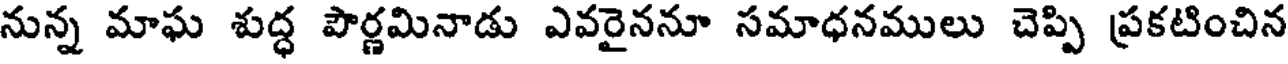
నున్న మాఘ శుద్ధ పౌర్ణమినాడు ఎవరైననూ సమాధనములు చెప్పి ప్రకటించిన